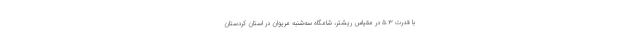
با قدرت ۵.۳ در مقیاس ریشتر، شامگاه سه‌شنبه مریوان در استان کردستان